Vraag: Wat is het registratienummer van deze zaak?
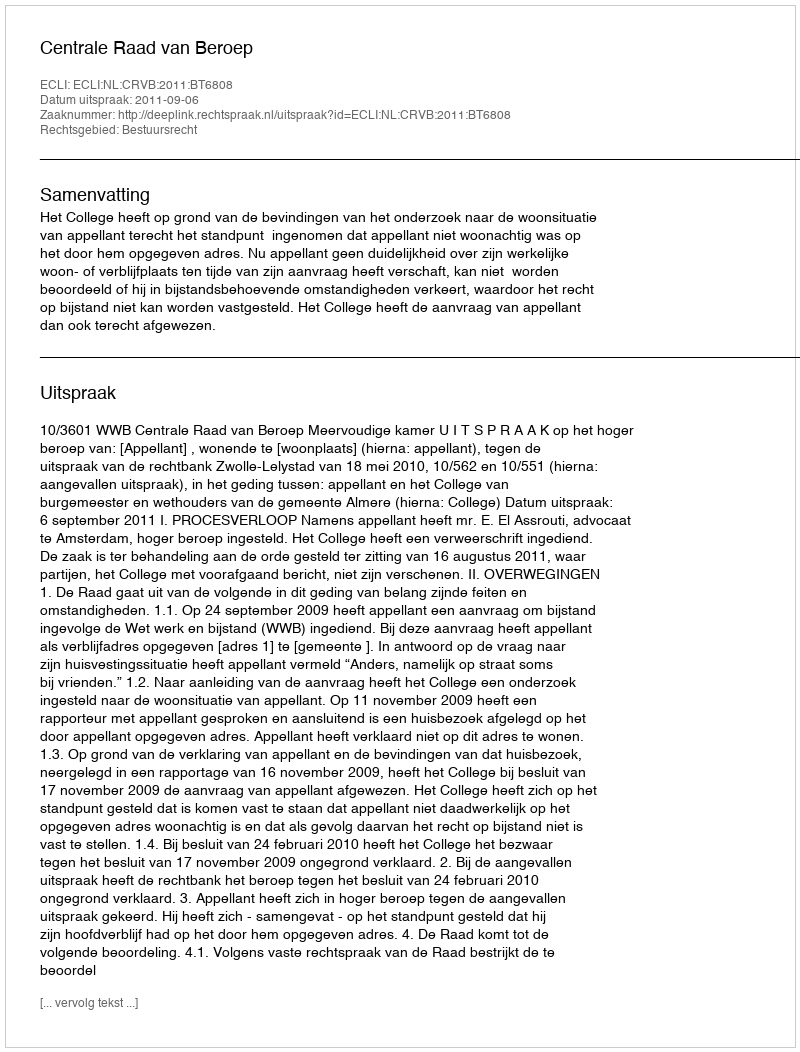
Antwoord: http://deeplink.rechtspraak.nl/uitspraak?id=ECLI:NL:CRVB:2011:BT6808